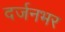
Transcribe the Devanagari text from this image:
दर्जनभर